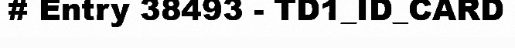
# Entry 38493 - TD1_ID_CARD